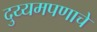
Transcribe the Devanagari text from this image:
दुय्यमपणाचे